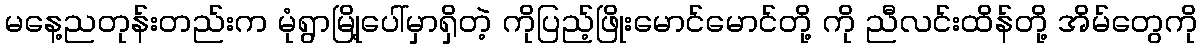
မနေ့ညတုန်းတည်းက မုံရွာမြို့ပေါ်မှာရှိတဲ့ ကိုပြည့်ဖြိုးမောင်မောင်တို့ ကို ညီလင်းထိန်တို့ အိမ်တွေကို